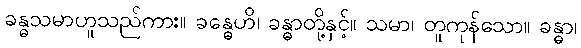
ခန္ဓသမာဟူသည်ကား။ ခန္ဓေဟိ၊ ခန္ဓာတို့နှင့်။ သမာ၊ တူကုန်သော။ ခန္ဓာ၊